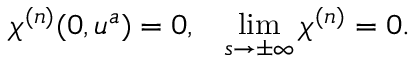
\chi ^ { ( n ) } ( 0 , u ^ { a } ) = 0 , \; \; \; \operatorname * { l i m } _ { s \rightarrow \pm \infty } \chi ^ { ( n ) } = 0 .